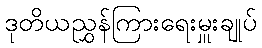
ဒုတိယညွှန်ကြားရေးမှူးချုပ်